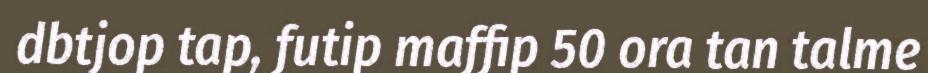
dbtjop tap, futip maffip 50 ora tan talme